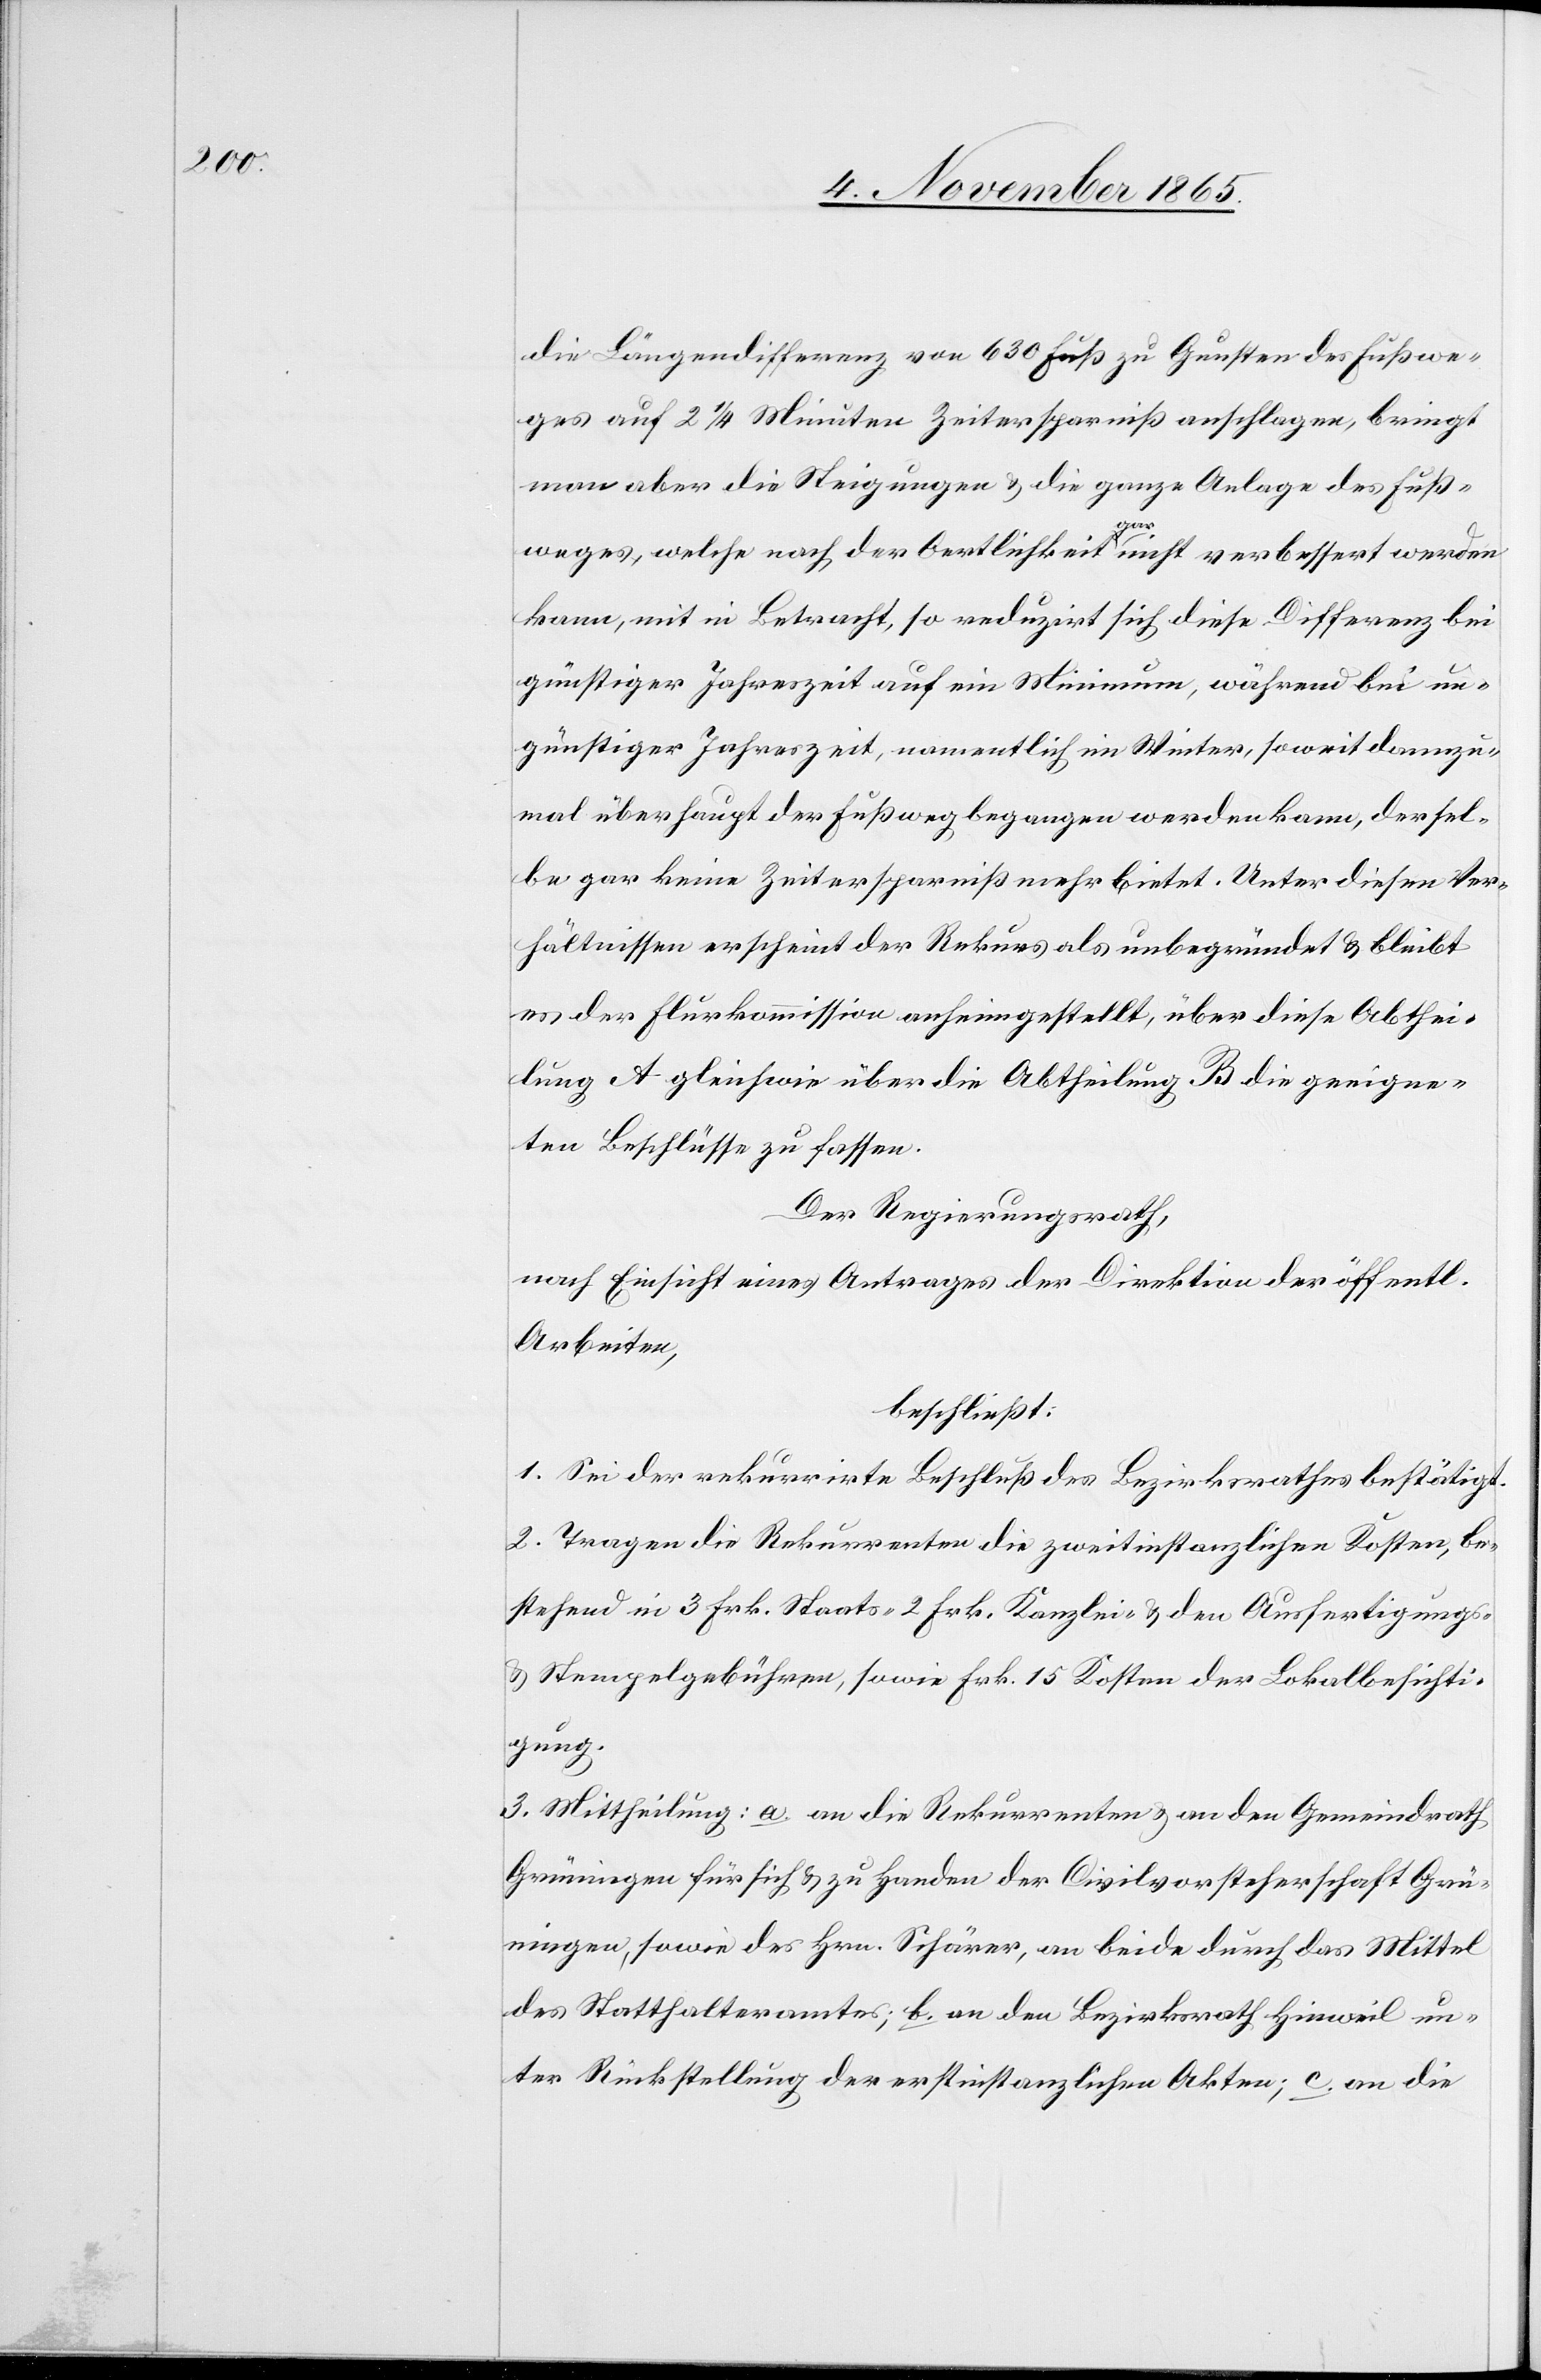
die Längendifferenz von 630 Fuß zu Gunsten des Fußwe¬
ges auf 2 1/4 Minuten Zeitersparniß anschlagen, bringt
man aber die Steigung & die ganze Anlage des Fuß¬
weges, welche nach der Oertlichkeit a-gar-a nicht verbessert werden
kann, mit in Betracht, so reduzirt sich diese Differenz bei
günstiger Jahreszeit auf ein Minimum, während bei un¬
günstiger Jahreszeit, namentlich im Winter, soweit dannzu¬
mal überhaupt der Fußweg begangen werden kann, der sel¬
be gar keine Zeitersparniß mehr bietet. Unter diesen Ver¬
hältnissen erscheint der Rekurs als unbegründet & bleibt
es der Flurkommission anheimgestellt, über diese Abthei¬
lung A gleichwie über die Abtheilung B die geeigne¬
ten Beschlüsse zu fassen.
Der Regierungsrath,
nach Einsicht eines Antrages der Direktion der öffentl.
Arbeiten,
beschließt:
1. Sei der rekurrirte Beschluß des Bezirksrathes bestätigt.
2. Tragen die Rekurrenten die zweitinstanzlichen Kosten, be¬
stehend in 3 Frk. Staats-[,] 2 Frk. Kanzlei- & den Ausfertigungs-
& Stempelgebühren, sowie Frk. 15 Kosten der Lokalbesichti¬
gung.
3. Mittheilung: a. an die Rekurrenten & an den Gemeindrath
Grüningen für sich & zu Handen der Civilvorsteherschaft Grü¬
ningen, sowie des Hrn. Schärer, an beide durch das Mittel
des Statthalteramtes; b. an den Bezirksrath Hinweil un¬
ter Rückstellung der erstinstanzlichen Akten; c. an die